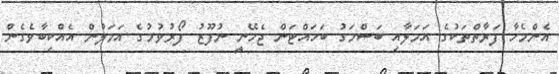
އެންމެހާ ފަރާތްތަކުގެ އަމަލާއި ބަސްމަގު ބަހައްޓަން ޖެހޭނީ ނުފޫޒު ފޯރުވުމުގެ އަމަލުން އެއްކިބާވެގެން